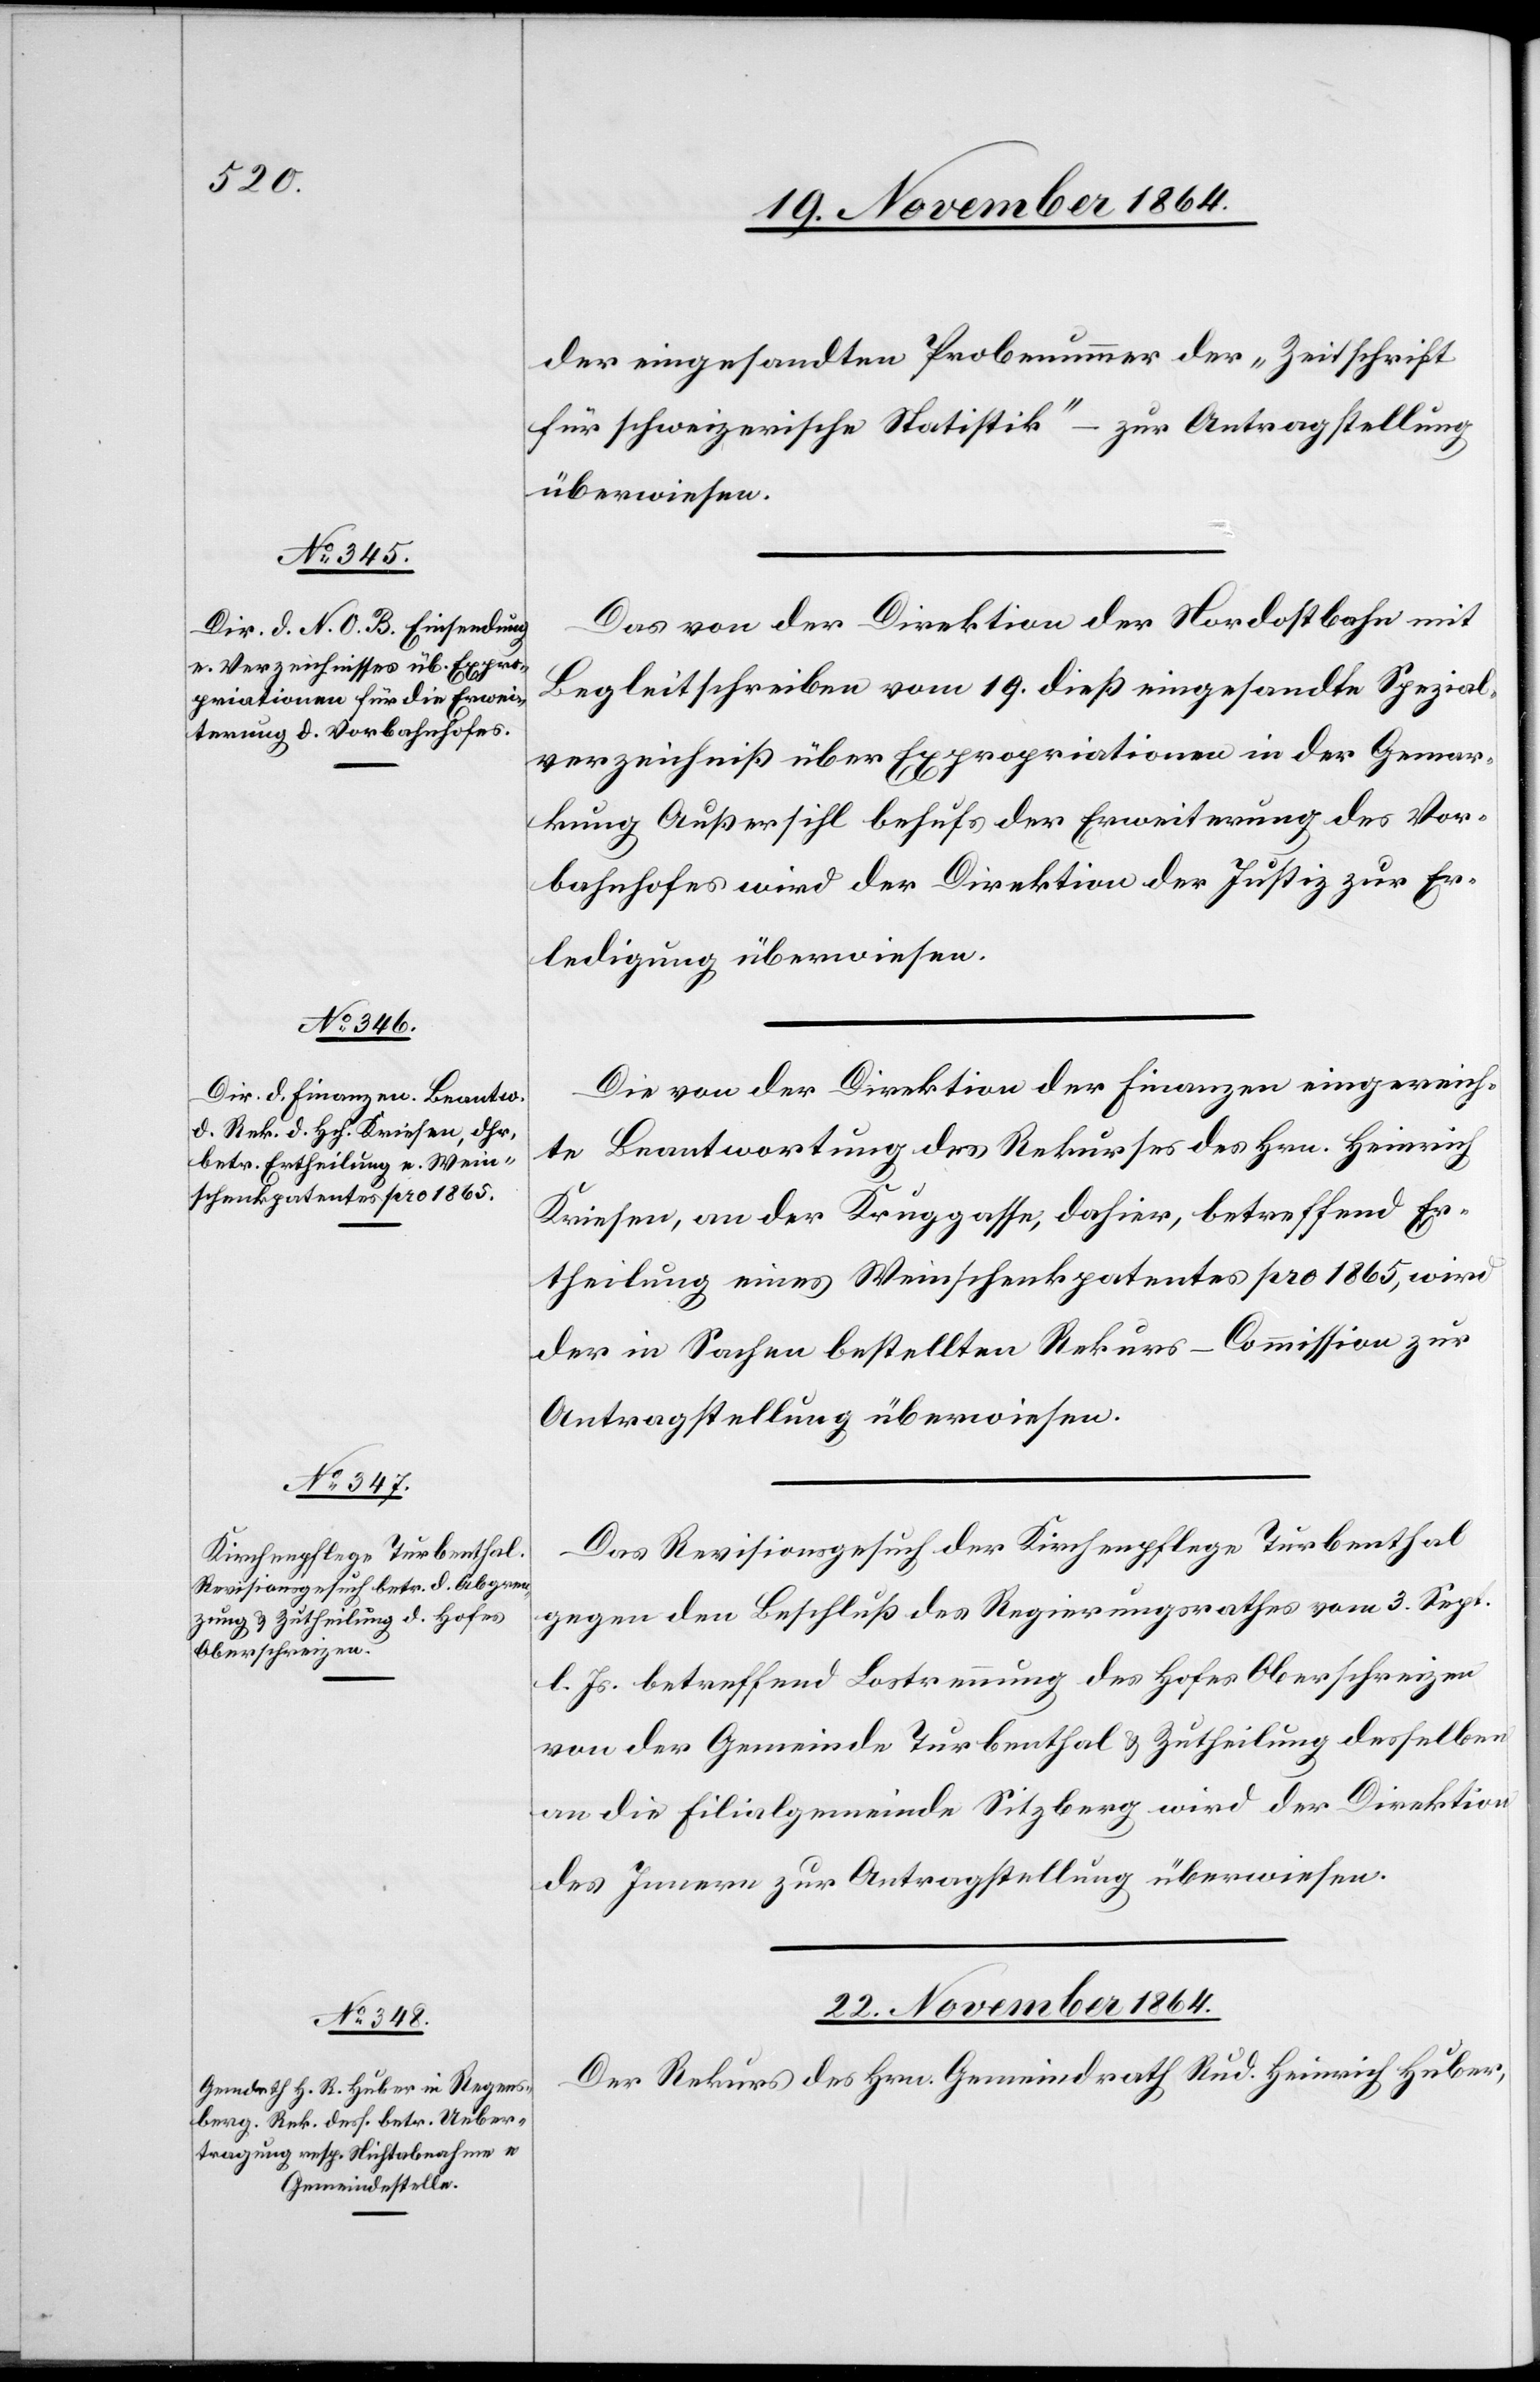
der eingesandten Probenummer der „Zeitschrift
für schweizerische Statistik“ – zur Antragstellung
überwiesen.
Das von der Direktion der Nordostbahn mit
Begleitschreiben vom 19. dieß eingesandte Spezial¬
verzeichniß über Expropriationen in der Gemar¬
kung Außersihl behufs der Erweiterung des Vor¬
bahnhofes wird der Direktion der Justiz zur Er¬
ledigung überwiesen.
Die von der Direktion der Finanzen eingereich¬
te Beantwortung des Rekurses des Hrn. Heinrich
Krieser, an der Kruggasse, dahier, betreffend Er¬
theilung eines Weinschenkpatentes pro 1865, wird
der in Sachen bestellten Rekurs-Commission zur
Antragstellung überwiesen.
Das Revisionsgesuch der Kirchenpflege Turbenthal
gegen den Beschluß des Regierungsrathes vom 3. Sept.
l. Js. betreffend Lostrennung des Hofes Oberschreizen
von der Gemeinde Turbenthal & Zutheilung desselben
an die Filialgemeinde Sitzberg wird der Direktion
des Innern zur Antragstellung überwiesen.
22. November 1864.
Der Rekurs des Hrn. Gemeindrath Rud. Heinrich Huber,